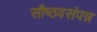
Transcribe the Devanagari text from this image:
सौष्ठवसंपन्न